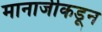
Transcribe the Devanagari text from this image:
मानाजीकडून